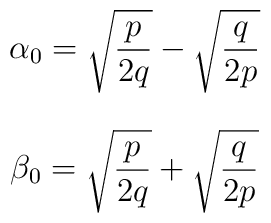
\alpha_0 = \sqrt{{p \over 2q}} - \sqrt{{q \over 2p}}$$$$\beta_0 =   \sqrt{{p \over 2q}} + \sqrt{{q \over 2p}}